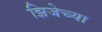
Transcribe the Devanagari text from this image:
झिजेच्या